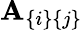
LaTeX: \mathbf{A}_{\{ i\} \{ j\} }